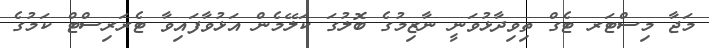
މަޖާ މިސްޓަރ ޓެގް ތިވިދާޅުވަނީ ނާޒިމުގެ ބޮލުގަ ކަލޭމެން އަޅުވާފައިވާ ޓެރަރިސްޓް ކަމުގެ